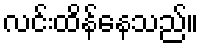
လင်းထိန်နေသည်။